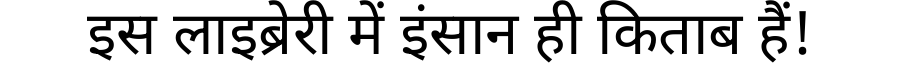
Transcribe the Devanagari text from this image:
इस लाइब्रेरी में इंसान ही किताब हैं!